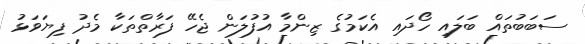
ސަބަބުތައް ބަލައި ހޯދައި އެކަމުގެ ޒިންމާ އުފުލަން ޖެހޭ ފަރާތްތަކާ މެދު ފިޔަވަޅު